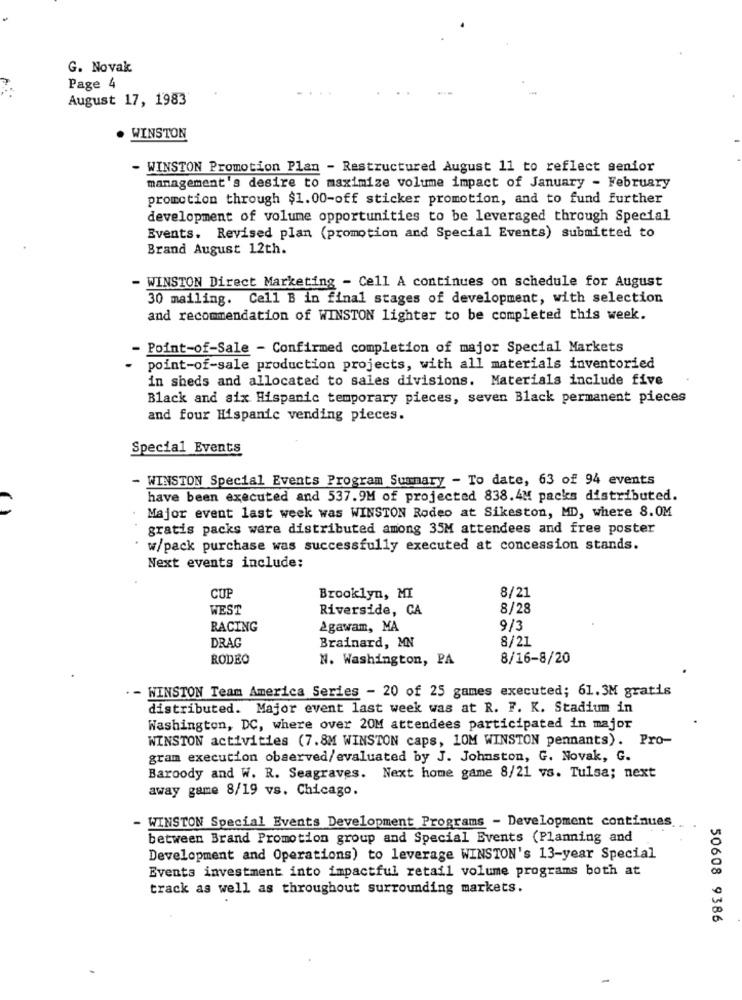
G. Novak
Page 4
August 17, 1983
WINSTON
WINSTON Promotion Plan - Restructured August 11 to reflect senior
management's desire to maximize volume impact of January - February
promotion through $1.00-off sticker promotion, and to fund further
development of volume opportunities to be leveraged through Special
Events. Revised plan (promotion and Special Events) submitted to
Brand August 12th.
- WINSTON Direct Marketing - Cell A continues on schedule for August
30 mailing. Cell B in final stages of development, with selection
and recommendation of WINSTON lighter to be completed this week.
- Point-of-Sale - Confirmed completion of major Special Markets
point-of-sale production projects, with all materials inventoried
in sheds and allocated to sales divisions. Materials include five
Black and six Hispanic temporary pieces, seven Black permanent pieces
and four Hispanic vending pieces.
Special Events
- WINSTON Special Events Program Summary - To date, 63 of 94 events
have been executed and 537.9M of projected 838.4M packs distributed.
Major event last week was WINSTON Rodeo at Sikeston, MD, where 8.0M
gratis packs were distributed among 35M attendees and free poster
w/pack purchase was successfully executed at concession stands.
Next events include:
CUP
Brooklyn, MI
8/21
WEST
Riverside, CA
8/28
RACING
2gawam, MA
9/3
DRAG
Brainard, MN
8/21
RODEO
N. Washington, PA
8/16-8/20
. - WINSTON Team America Series - 20 of 25 games executed; 61.3M gratis
distributed. Major event last week was at R. F. K. Stadium in
Washington, DC, where over 20M attendees participated in major
WINSTON activities (7.8M WINSTON caps, 10M WINSTON pennants). Pro-
gram execution observed/evaluated by J. Johnston, G. Novak, G.
Baroody and W. R. Seagraves. Next home game 8/21 vs. Tulsa; next
away game 8/19 vs. Chicago.
- WINSTON Special Events Development Programs - Development continues
between Brand Promotion group and Special Events (Planning and
Development and Operations) to leverage WINSTON's 13-year Special
Events investment into impactful retail volume programs both at
track as well as throughout surrounding markets.
50608 9386